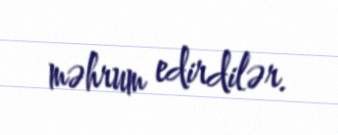
məhrum edirdilər.